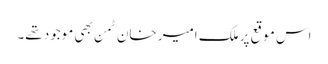
اس موقع پر ملک امیر خان ٹمن بھی موجود تھے۔